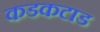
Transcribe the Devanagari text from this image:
कडकटाड